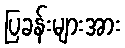
ပြခန်းများအား